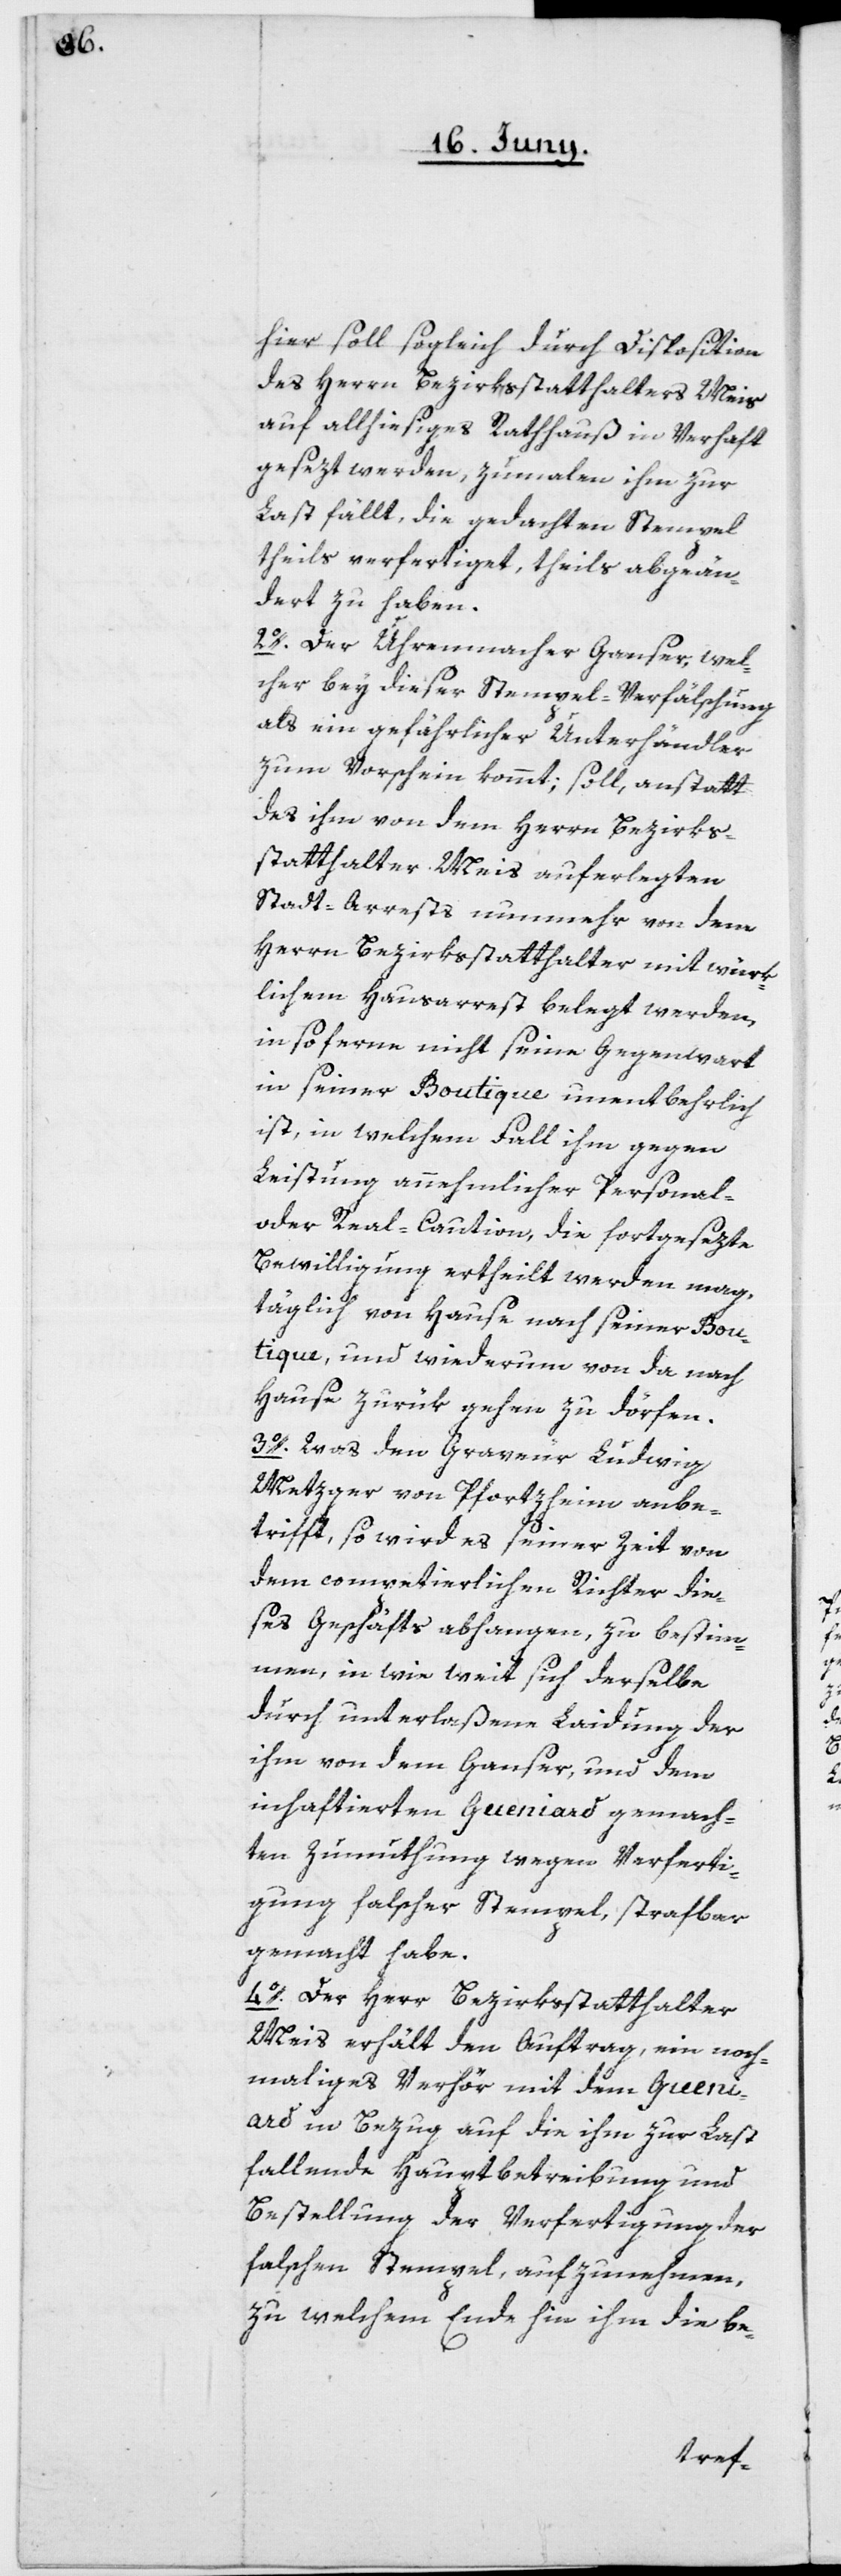
hier soll sogleich durch Disposition
des Herrn Bezirksstatthalter Meis
auf allhiesiges Rathhauß in Verhaft
gesezt werden, zumalen ihm zur
Last fällt, die gedachten Stempel
theils verfertiget, theils abgeän¬
dert zu haben.
2o. Der Uhrenmacher Ganser, wel¬
cher bey dieser Stempel-Verfälschung
als ein gefährlicher Unterhändler
zum Vorschein kommt, soll, anstatt
des ihm von dem Herrn Bezirks¬
statthalter Meis auferlegten
Herrn Bezirksstatthalter mit würk¬
lichem Hausarrest belegt werden,
in so ferne nicht seine Gegenwart
in seiner Boutique unentbehrlich
ist, in welchem Fall ihm gegen
Leistung annehmlicher Personal-
oder Real-Caution die fortgesezte
Bewilligung ertheilt werden mag,
täglich von Hause nach seiner Bou¬
tique, und wiederum von da nach
Hause zurük gehen zu dörfen.
3o. Was den Graveur Ludwig
Metzger von Pfortzheim anbe¬
trifft, so wird es seiner Zeit von
dem competierlichen Richter die¬
ses Geschäfts abhangen, zu bestim¬
men, in wie weit sich derselbe
durch unterlaßene Laidung der
ihm von dem Ganser, und dem
inhaftierten Gueniard gemach¬
ten Zumuthung wegen Verferti¬
gung falscher Stempel, strafbar
gemacht habe.
4o. Der Herr Bezirksstatthalter
Meis erhält den Auftrag, ein noch¬
maliges Verhör mit dem Gueni¬
ard in Bezug auf die ihm zur Last
fallende Hauptbetreibung und
Bestellung der Verfertigung der
falschen Stempel, aufzunehmen,
zu welchem Ende hin ihm die be-